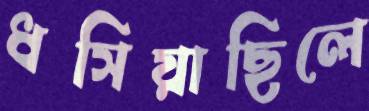
ধসিয়াছিলে